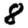
Digit: 8